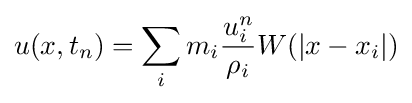
u(x,t_{n})=\sum _{i}m_{i}{\frac {u_{i}^{n}}{\rho _{i}}}W(|x-x_{i}|)